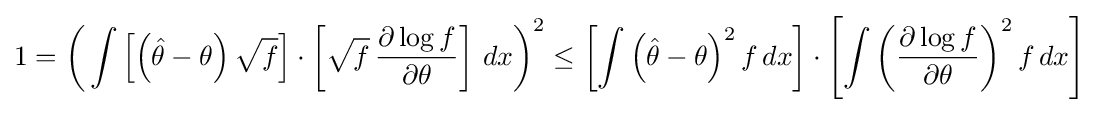
1={\biggl (}\int \left[\left({\hat {\theta }}-\theta \right){\sqrt {f}}\right]\cdot \left[{\sqrt {f}}\,{\frac {\partial \log f}{\partial \theta }}\right]\,dx{\biggr )}^{2}\leq \left[\int \left({\hat {\theta }}-\theta \right)^{2}f\,dx\right]\cdot \left[\int \left({\frac {\partial \log f}{\partial \theta }}\right)^{2}f\,dx\right]